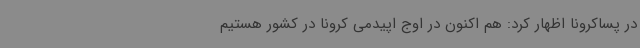
در پساکرونا اظهار کرد: هم اکنون در اوج اپیدمی کرونا در کشور هستیم